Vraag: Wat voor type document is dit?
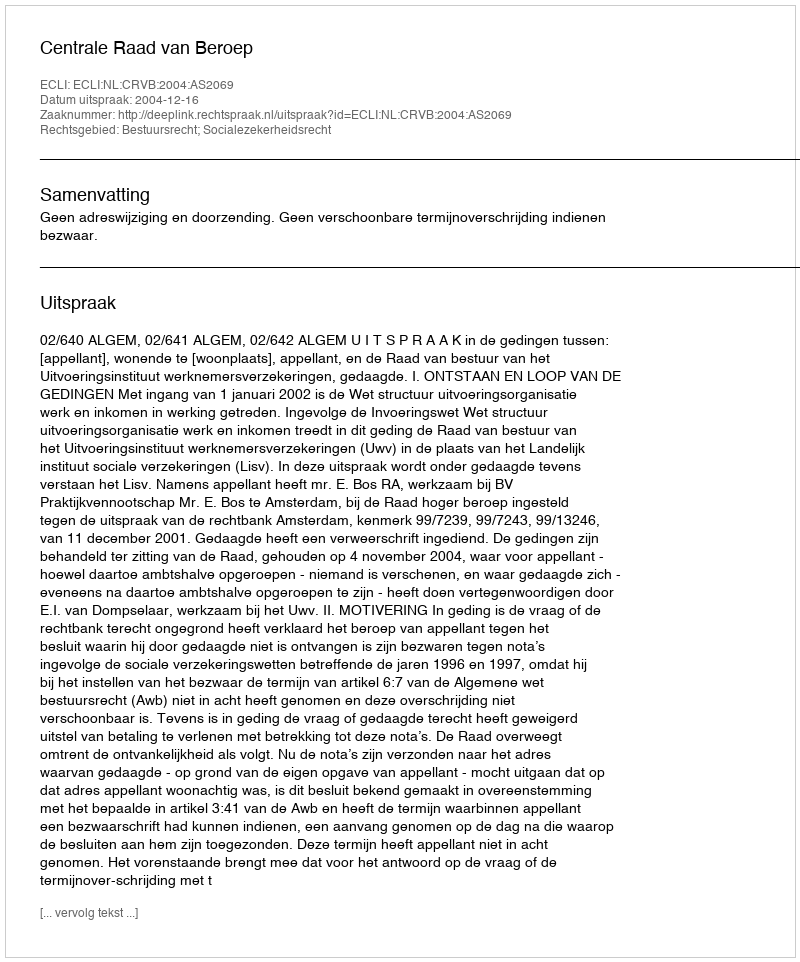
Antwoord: Uitspraak